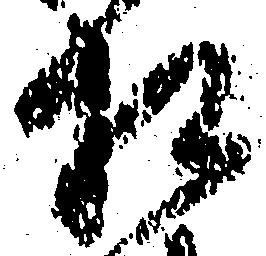
相